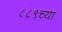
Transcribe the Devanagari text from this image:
८८९च्या